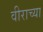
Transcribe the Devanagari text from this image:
वीराच्या